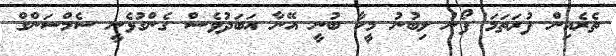
ތެރެއިން ފުރަތަމަ ފޯނު ލިބުނު މީހާ ބުނީ އޭނާ އަބަދުވެސް ގެންގުޅެނީ ސެމްސަންގް